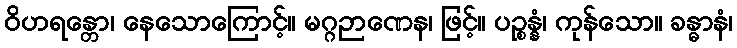
ဝိဟရန္တော၊ နေသောကြောင့်။ မဂ္ဂဉာဏေန၊ ဖြင့်။ ပဉ္စန္နံ၊ ကုန်သော။ ခန္ဓာနံ၊